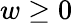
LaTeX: w\geq 0